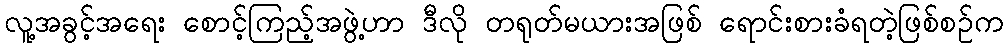
လူ့အခွင့်အရေး စောင့်ကြည့်အဖွဲ့ဟာ ဒီလို တရုတ်မယားအဖြစ် ရောင်းစားခံရတဲ့ဖြစ်စဉ်က